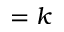
= k